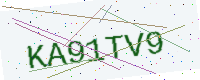
Text: KA91TV9